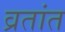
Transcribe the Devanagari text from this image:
व्रतांत